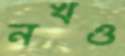
নখও